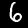
Digit: 6